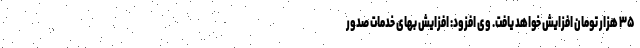
۳۵ هزار تومان افزایش خواهد یافت. وی افزود: افزایش بهای خدمات صدور